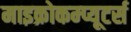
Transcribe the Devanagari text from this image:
माइक्रोकम्प्यूटर्स